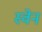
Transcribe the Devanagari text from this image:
स्‍वेन